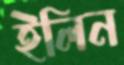
ইলিন